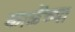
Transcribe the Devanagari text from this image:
काळेंच्या